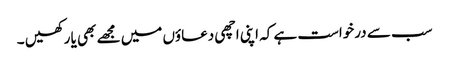
سب سے درخواست ہے کہ اپنی اچھی دعاؤں میں مجھے بھی یا رکھیں ۔